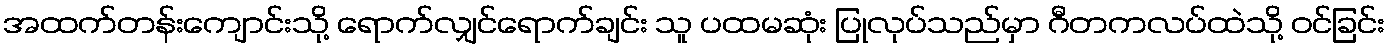
အထက်တန်းကျောင်းသို့ ရောက်လျှင်ရောက်ချင်း သူ ပထမဆုံး ပြုလုပ်သည်မှာ ဂီတကလပ်ထဲသို့ ဝင်ခြင်း